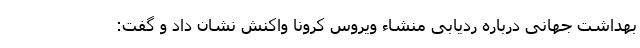
بهداشت جهانی درباره ردیابی منشاء ویروس کرونا واکنش نشان داد و گفت: